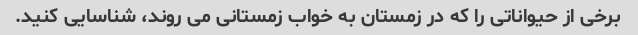
برخی از حیواناتی را که در زمستان به خواب زمستانی می روند، شناسایی کنید.